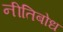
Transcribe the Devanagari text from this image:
नीतिबोध